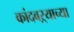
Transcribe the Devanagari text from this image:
कांदबऱ्याच्या